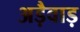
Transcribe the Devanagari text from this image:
अड़ैवाड़